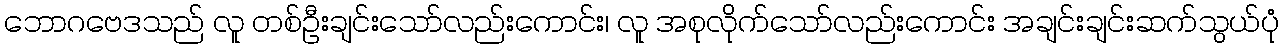
ဘောဂဗေဒသည် လူ တစ်ဦးချင်းသော်လည်းကောင်း၊ လူ အစုလိုက်သော်လည်းကောင်း အချင်းချင်းဆက်သွယ်ပုံ